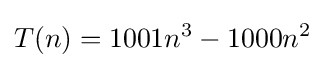
T(n)=1001n^{3}-1000n^{2}